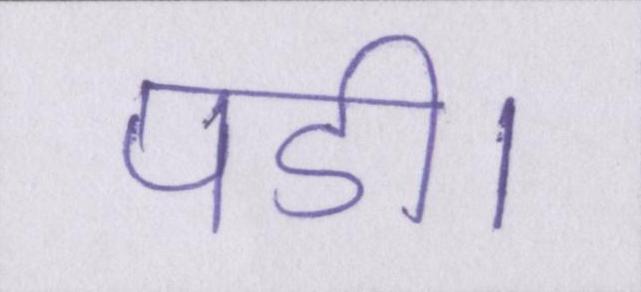
पडी।